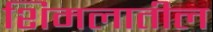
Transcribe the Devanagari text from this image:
शिमलातील